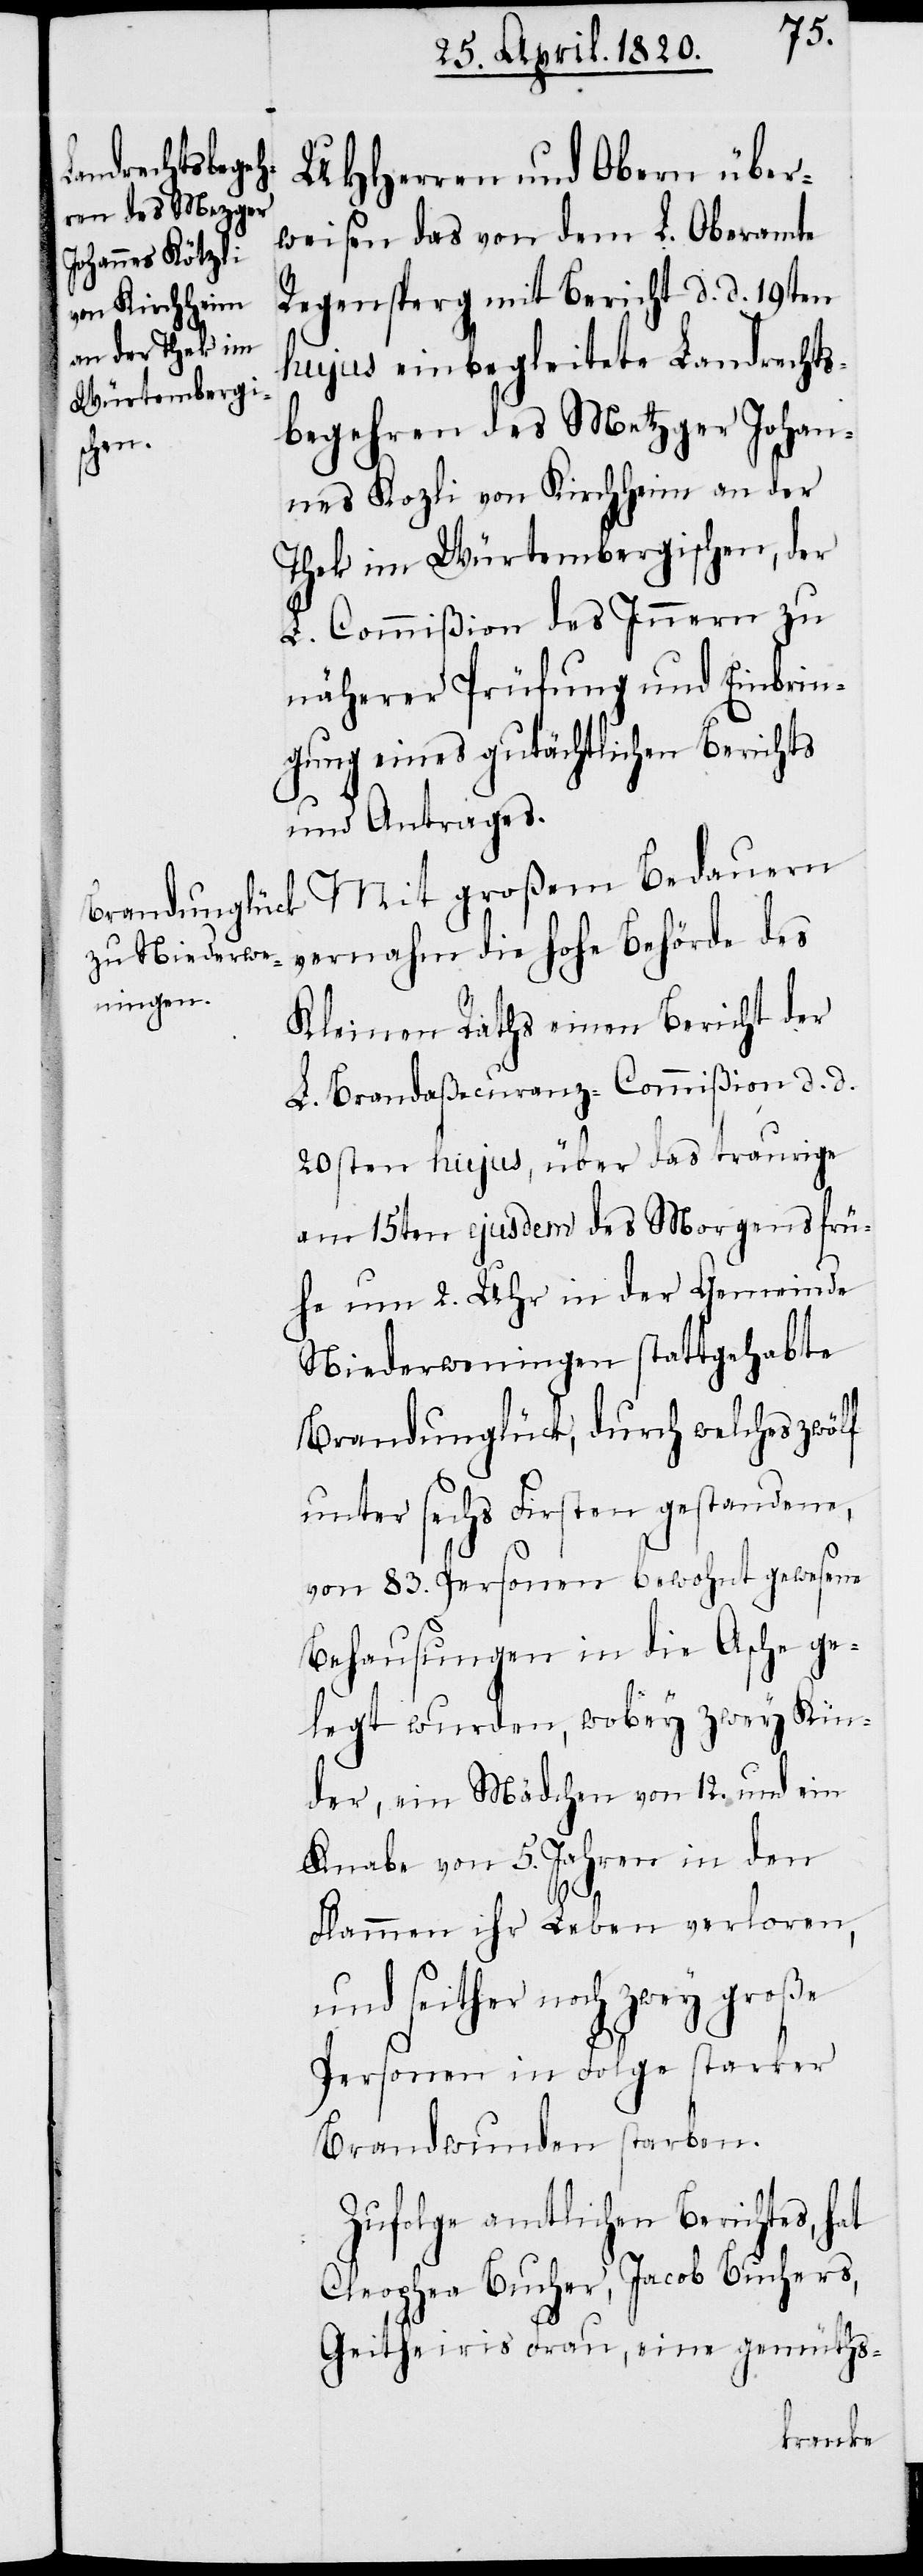
UHHerren und Obern über¬
weisen das von dem L. Oberamte
von Kirchheim
hujus einbegleitete Landrechts¬
begehren des Metzger Johannes
Thek im Würtembergischen, der
L. Commißion des Innern zu
näherer Prüfung und Einbrin¬
gung eines gutächtlichen Berichts
und Antrages.
vernahm die Hohe Behörde des
Kleinen Raths einen Bericht der
L. Brandaßecuranz-Commißion d. d.
20sten hujus, über das traurige
am 15ten ejusdem des Morgens frü¬
he um 2. Uhr in der Gemeinde
Niederweningen stattgehabte
Brandunglück, durch welches zwölf
unter sechs Firsten gestandene,
von 83. Personen bewohnt gewesene
Behausungen in die Asche ge¬
legt wurden, wobey zwey Kin¬
der, ein Mädchen von 12. und ein
Knabe von 5. Jahren in den
Flammen ihr Leben verloren,
und seither noch zwey große
Personen in Folge starker
Brandwunden starben.
Zufolge amtlichen Berichtes, hat
Cleophea Bucher, Jacob Buchers,
Geitheiris Frau, eine gemüths-